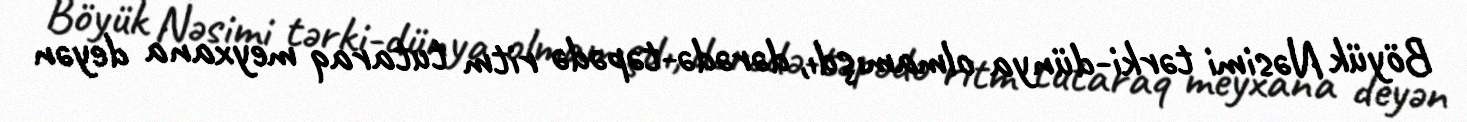
Böyük Nəsimi tərki-dünya olmamışdı, dərədə-təpədə ritm tutaraq meyxana deyən